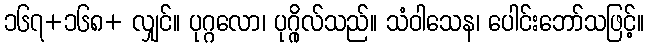
၁၆၇+၁၆၈+ လျှင်။ ပုဂ္ဂလော၊ ပုဂ္ဂိုလ်သည်။ သံဝါသေန၊ ပေါင်းဘော်သဖြင့်။